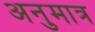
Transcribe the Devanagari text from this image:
अनुमात्र